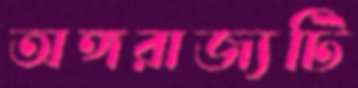
অঙ্গরাজ্যটি